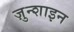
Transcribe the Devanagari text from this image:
ज़ुन्शाइन